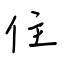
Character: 住